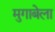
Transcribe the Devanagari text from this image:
मुगाबेला